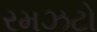
રમઝટો